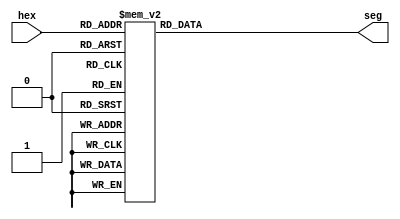
module segmentDec(
    output [6:0] seg,
    input [3:0] hex
    );
    
    reg [6:0] seg;
/*
 7-segment encoding
      0
     ---
  5 |   | 1
     --- <--6
  4 |   | 2
     ---
      3
      
      below is common cathode : 1=off 0=on
*/
always @(hex)
  case (hex)
      4'b0001 : seg = 7'b1111001;   // 1
      4'b0010 : seg = 7'b0100100;   // 2
      4'b0011 : seg = 7'b0110000;   // 3
      4'b0100 : seg = 7'b0011001;   // 4
      4'b0101 : seg = 7'b0010010;   // 5
      4'b0110 : seg = 7'b0000010;   // 6
      4'b0111 : seg = 7'b1111000;   // 7
      4'b1000 : seg = 7'b0000000;   // 8
      4'b1001 : seg = 7'b0010000;   // 9
      4'b1010 : seg = 7'b0001000;   // A
      4'b1011 : seg = 7'b0000011;   // b
      4'b1100 : seg = 7'b1000110;   // C
      4'b1101 : seg = 7'b0100001;   // d 0100001 H 0001001
      4'b1110 : seg = 7'b0000110;   // E 
      4'b1111 : seg = 7'b0001110;   // F 0001110 n 1001000
      default : seg = 7'b1000000;   // 0
  endcase
      
endmodule